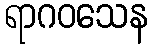
ရာဂဝသေန